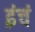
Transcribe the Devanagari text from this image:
इंचं